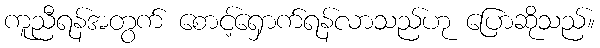
ကူညီရန်အတွက် စောင့်ရှောက်ရန်လာသည်ဟု ပြောဆိုသည်။